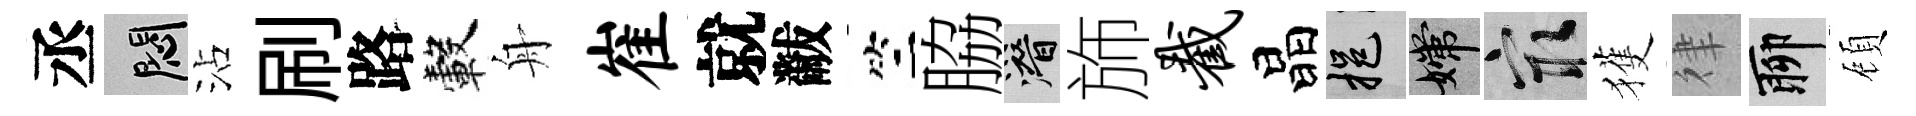
丞悶沾刷路轂舟崔就黻竺脇潜斾截晶挹嫦冣獲律聊頋